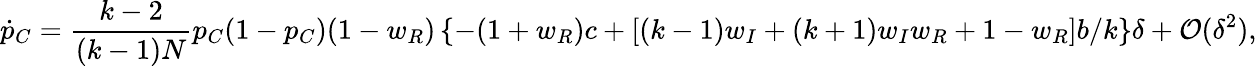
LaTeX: \dot{p}_{C}=\frac{k-2}{(k-1)N}p_{C}(1-p_{C})(1-w_{R})\left\{ -(1+w_{R})c+[(k-1)w_{I}+(k+1)w_{I}w_{R}+1-w_{R}]b/k\right\} \delta+\mathcal{O}(\delta^{2}),